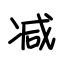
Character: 减